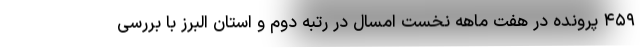
۴۵۹ پرونده در هفت ماهه نخست امسال در رتبه دوم و استان البرز با بررسی